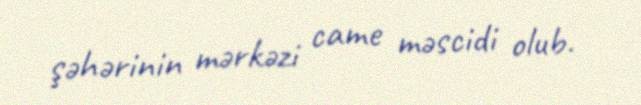
şəhərinin mərkəzi came məscidi olub.